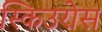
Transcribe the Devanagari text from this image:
स्किउरोस